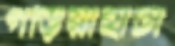
গড়িয়াহাটা